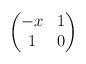
LaTeX: \begin{align*}\begin{pmatrix}-x & 1 \\1 & 0\end{pmatrix}\end{align*}